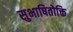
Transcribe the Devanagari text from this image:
सुभाषितोक्ति